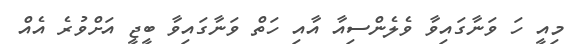
މިއީ ހަ ވަނާގައިވާ ވެލެންސިއާ އާއި ހަތް ވަނާގައިވާ ބީޖީ އަށްވުރެ އެއް